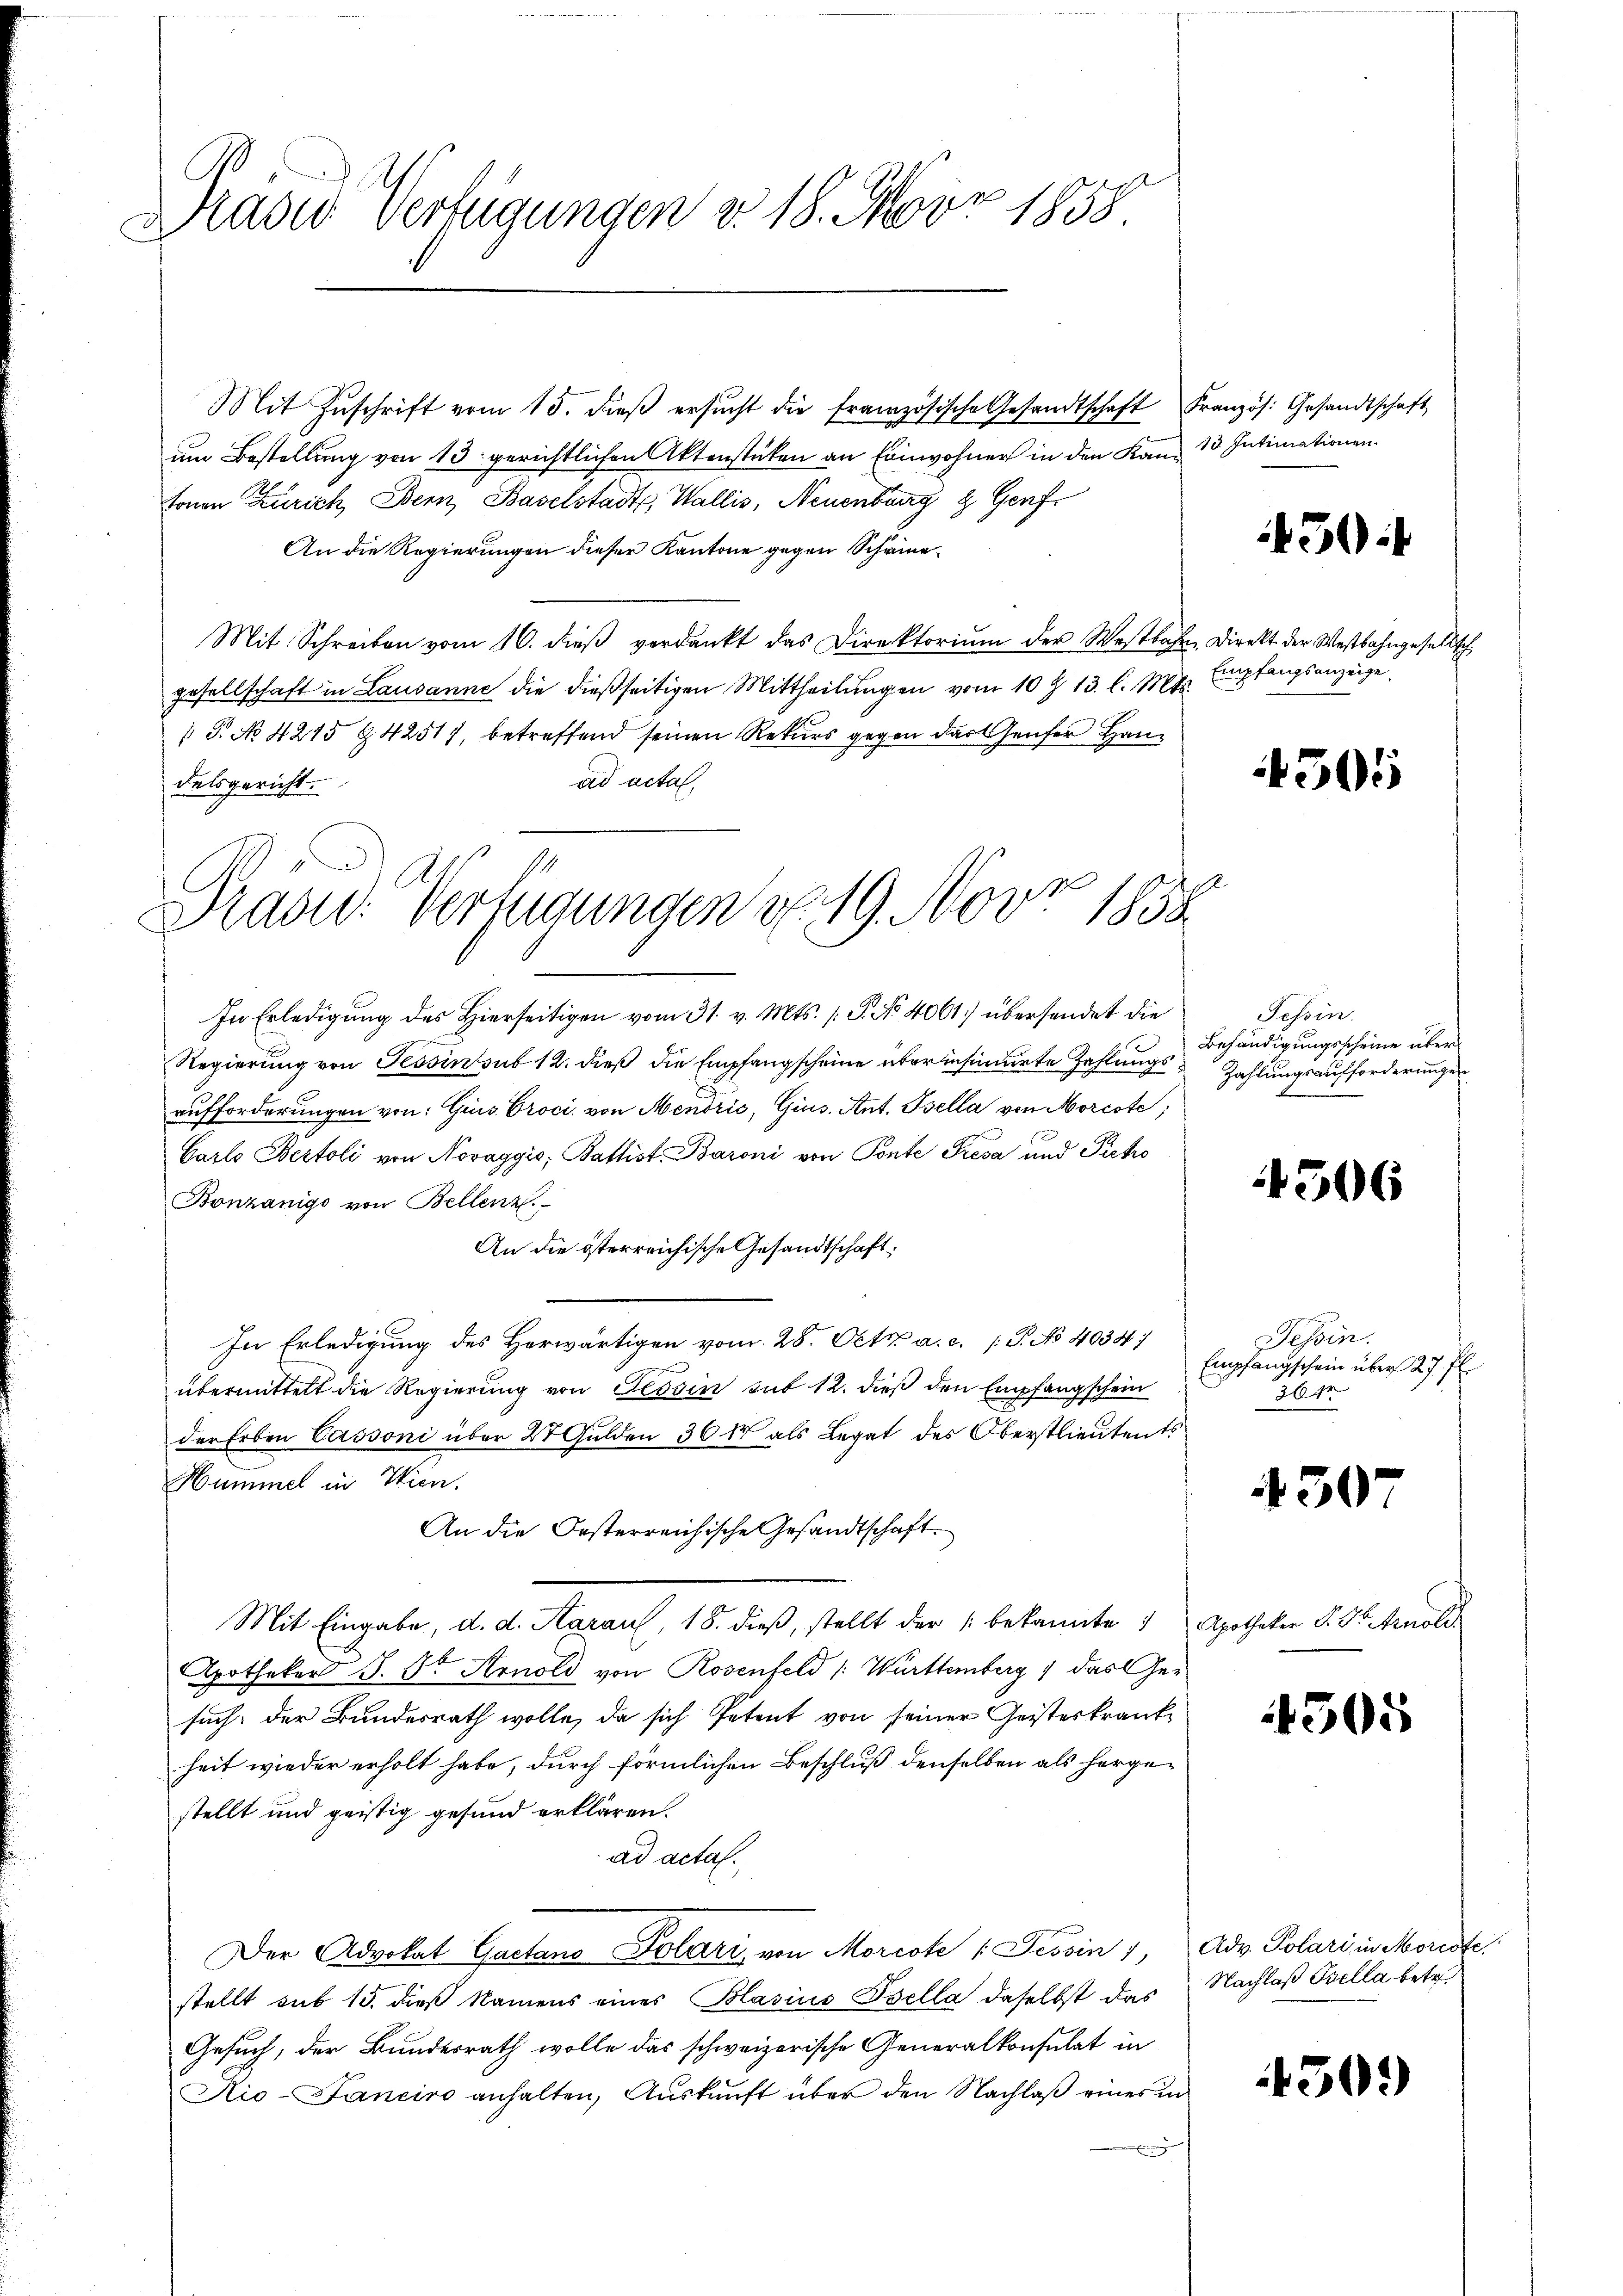
l
Dtasio Verfügungen & 18. Nov. 1858.

Mit Zŭschrift vom 15. dieβ ersŭcht die französische Gesandtschaft Französ. Gesandtschaft
um Bestellung von 13 gerichtlichen Aktenstücken an Einwohner in den Kann 13. Intimationen
fonen Zürich, Bern, Baselstadt, Wallis, Neuenburg & Genf.
An die Regierungen dieser Kantone gegen Scheine¬
Mit Schreiben vom 16. dieβ verdankt das Direktorium der Westbahn. Direkt der Westbahngesellsch
gesellschaft in Lausanne die dießseitigen Mittheilŭngen vom 10 t 13. l. Mts.
 S. No 4215 & 4251), betreffend seinen Rekurs gegen das Hauser Hanad acta
delsgericht.
1

Tradid: Verlegungen v. 19. Nov. 1858

In Erledigung des Hierseitigen vom 31. v. Mts. P. No 4061) übersendet die
Regierung von Tessin sub 12. dieß die Empfangscheine über insinuirte Zahlungs
aufforderungen von: Gins Croci, von Mendrić, Gius. Ant. Psella von Morcote,
Garlo Bertoli von Novaggis, Battist. Baroni von Ponte Fresa und Pietro
Bonzänigs von Bellenz
An die österreichische Gesandtschaft:
In Erledigung des Herwärtigen vom 28. Oct. a. c. (T. No 4034/
übermittelt die Regierung von Tessin sub 12. dieß den Empfangschein
der Erben Cassoni über 2 Gulden 300 als Legat des Oberstlieutents
Hummel in Wien.
An die Oesterreichische Gesandtschaft.
Mit Eingabe, d. d. Aarau, 18. dieβ stellt der bekannte 1 Apotheker P. Dr. Arnold
Apothekar J. Dr Arnold von Rosenfeld /: Württemberg, das Gesuch der Bundesrath wolle, da sich Petent von seiner Geisteskrankheit wieder erholt habe, durch förmlichen Beschluß denselben als hergestellt und geistig gesund erklären.
ad acta.
Der Advokat Gaetano Dolari von Morcote (Tessin 1, Adv. Polari in Moriste
stellt sub 15. dieß Namens eines Blasius Bella daselbst das
Gesuch, der Bundesrath wolle das schweizerische Generalkonsulat in
Rio-Faneiro anhalten, Auskunft über den Nachlaß eines in

450:

Empfangsanzeige.

505

Tessin.
Behändigungsscheine über
Zahlungsaufforderungen
47

506

Tessin.
Empfangschein über 27. fl.
3613

430

505

Nachlaß Bella betr.

430.